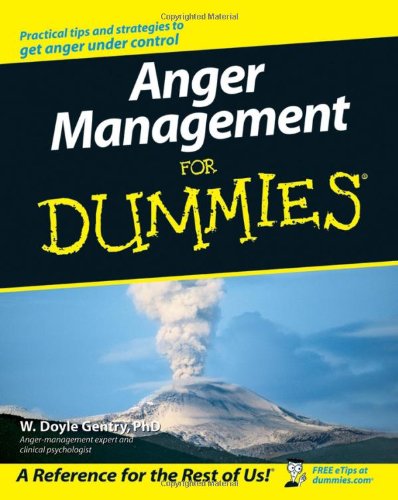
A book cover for Anger Management For Dummies; W. Doyle Gentry; Self-Help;